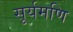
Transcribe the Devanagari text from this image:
सूर्यमणि